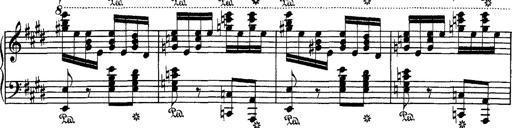
Title: Hungarian Rhapsody No.1
Composer: Franz Liszt
Key: C-sharp minor